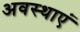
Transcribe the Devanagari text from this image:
अवस्‍थाएं